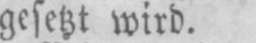
gesetzt wird.